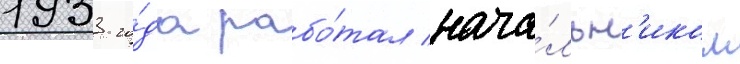
1933 го́да рабо́тал нача́льн'иком